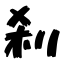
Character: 刹